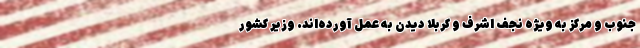
جنوب و مرکز به ویژه نجف اشرف و کربلا دیدن به عمل آورده‌اند. وزیر کشور